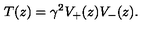
T ( z ) = \gamma ^ { 2 } V _ { + } ( z ) V _ { - } ( z ) .